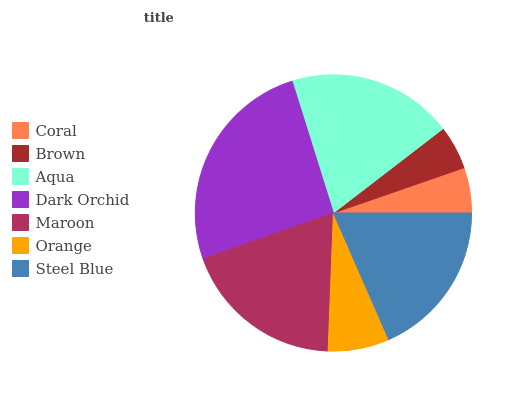
| Coral | Brown | Aqua | Dark Orchid | Maroon | Orange | Steel Blue |
 | --- | --- | --- | --- | --- | --- | --- |
 | 5.3% | 5.12% | 19.4% | 25.6% | 18.9% | 7.16% | 18.5% |